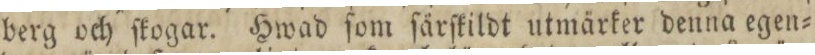
berg och ſkogar. Hwad ſom ſårſkildt utmärker denna egen=